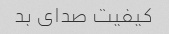
کیفیت صدای بد